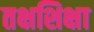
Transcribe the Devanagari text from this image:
तक्षशिक्षा